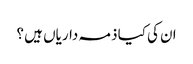
ان کی کیا ذمہ داریاں ہیں ؟